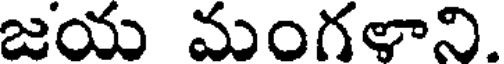
జయ మంగళాని.